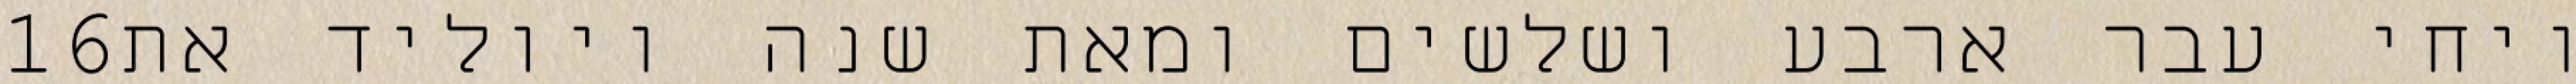
‎16‏ ויחי עבר ארבע ושלשים ומאת שנה ויוליד את